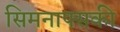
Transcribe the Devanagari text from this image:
सिमनाफ्सकी